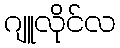
ဂျူလိုင်လ